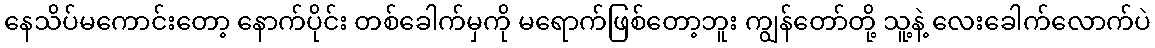
နေသိပ်မကောင်းတော့ နောက်ပိုင်း တစ်ခေါက်မှကို မရောက်ဖြစ်တော့ဘူး ကျွန်တော်တို့ သူ့နဲ့ လေးခေါက်လောက်ပဲ